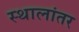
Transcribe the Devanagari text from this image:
स्थालांतर